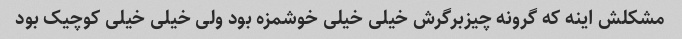
مشکلش اینه که گرونه چیزبرگرش خیلی خیلی خوشمزه بود ولی خیلی خیلی کوچیک بود